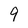
Character: 9